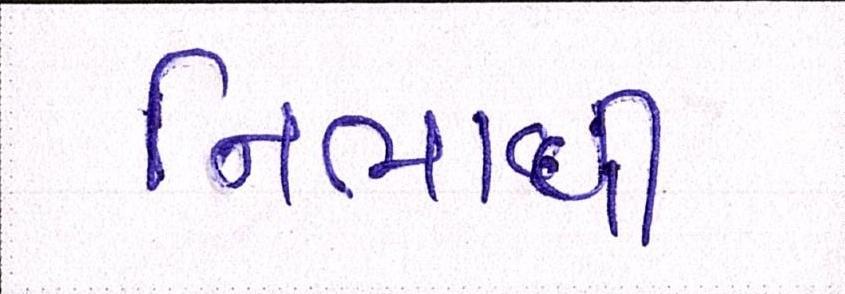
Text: નિભાવી